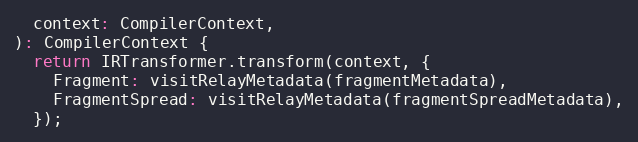
Language: JavaScript
  context: CompilerContext,
): CompilerContext {
  return IRTransformer.transform(context, {
    Fragment: visitRelayMetadata(fragmentMetadata),
    FragmentSpread: visitRelayMetadata(fragmentSpreadMetadata),
  });